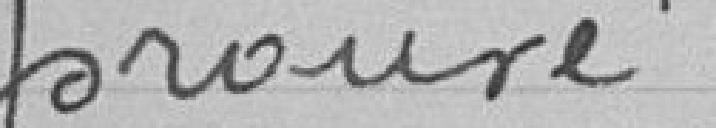
prouvé